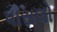
પાસલો